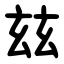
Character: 玆